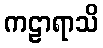
ကဠာရာသိ